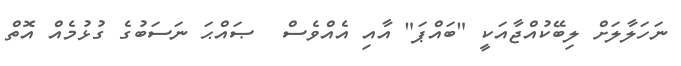
ނަހަލާލަށް ލިބޭކުއްޖާއަކީ "ބައްޕަ" އާއި އެއްވެސް  ޞައްޙަ ނަސަބުގެ ގުޅުމެއް އޮތް